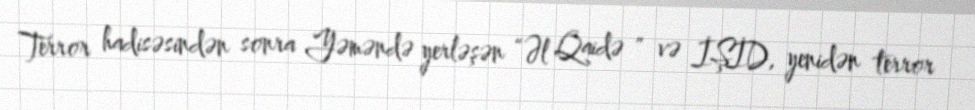
Terror hadisəsindən sonra Yəməndə yerləşən “Əl Qaidə ” və İŞİD, yenidən terror